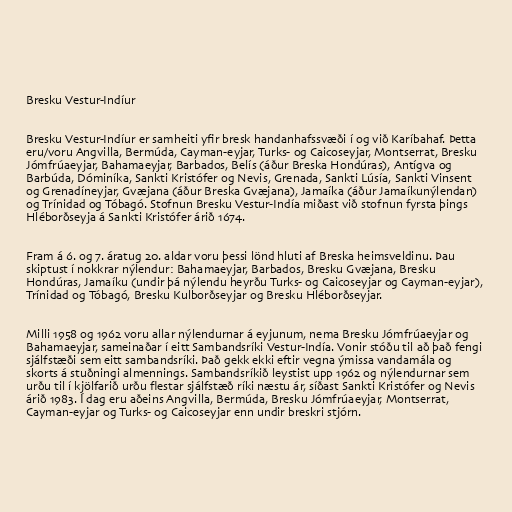
Bresku Vestur-Indíur

Bresku Vestur-Indíur er samheiti yfir bresk handanhafssvæði í og við Karíbahaf. Þetta
eru/voru Angvilla, Bermúda, Cayman-eyjar, Turks- og Caicoseyjar, Montserrat, Bresku
Jómfrúaeyjar, Bahamaeyjar, Barbados, Belís (áður Breska Hondúras), Antígva og
Barbúda, Dóminíka, Sankti Kristófer og Nevis, Grenada, Sankti Lúsía, Sankti Vinsent
og Grenadíneyjar, Gvæjana (áður Breska Gvæjana), Jamaíka (áður Jamaíkunýlendan)
og Trínidad og Tóbagó. Stofnun Bresku Vestur-Indía miðast við stofnun fyrsta þings
Hléborðseyja á Sankti Kristófer árið 1674.

Fram á 6. og 7. áratug 20. aldar voru þessi lönd hluti af Breska heimsveldinu. Þau
skiptust í nokkrar nýlendur: Bahamaeyjar, Barbados, Bresku Gvæjana, Bresku
Hondúras, Jamaíku (undir þá nýlendu heyrðu Turks- og Caicoseyjar og Cayman-eyjar),
Trínidad og Tóbagó, Bresku Kulborðseyjar og Bresku Hléborðseyjar.

Milli 1958 og 1962 voru allar nýlendurnar á eyjunum, nema Bresku Jómfrúaeyjar og
Bahamaeyjar, sameinaðar í eitt Sambandsríki Vestur-Indía. Vonir stóðu til að það fengi
sjálfstæði sem eitt sambandsríki. Það gekk ekki eftir vegna ýmissa vandamála og
skorts á stuðningi almennings. Sambandsríkið leystist upp 1962 og nýlendurnar sem
urðu til í kjölfarið urðu flestar sjálfstæð ríki næstu ár, síðast Sankti Kristófer og Nevis
árið 1983. Í dag eru aðeins Angvilla, Bermúda, Bresku Jómfrúaeyjar, Montserrat,
Cayman-eyjar og Turks- og Caicoseyjar enn undir breskri stjórn.